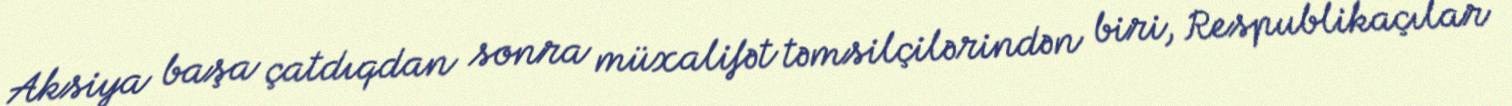
Aksiya başa çatdıqdan sonra müxalifət təmsilçilərindən biri, Respublikaçılar